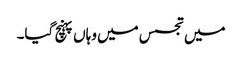
میں تجسس میں وہاں پہنچ گیا۔